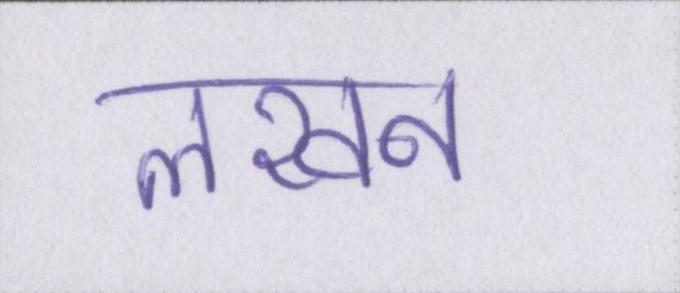
लखन